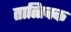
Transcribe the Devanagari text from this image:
तात्त्‍विक